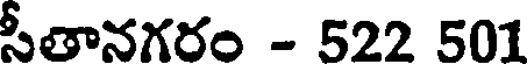
సీతానగరం - 522 501